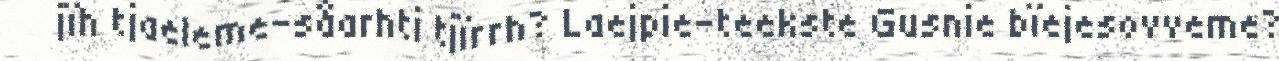
jïh tjaeleme-såarhti tjïrrh? Laejpie-teekste Gusnie bïejesovveme?